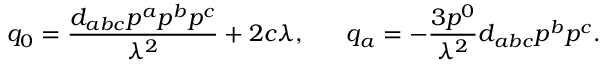
q _ { 0 } = { \frac { d _ { a b c } p ^ { a } p ^ { b } p ^ { c } } { \lambda ^ { 2 } } } + 2 c \lambda , \ \ \ \ \ q _ { a } = - { \frac { 3 p ^ { 0 } } { \lambda ^ { 2 } } } d _ { a b c } p ^ { b } p ^ { c } .